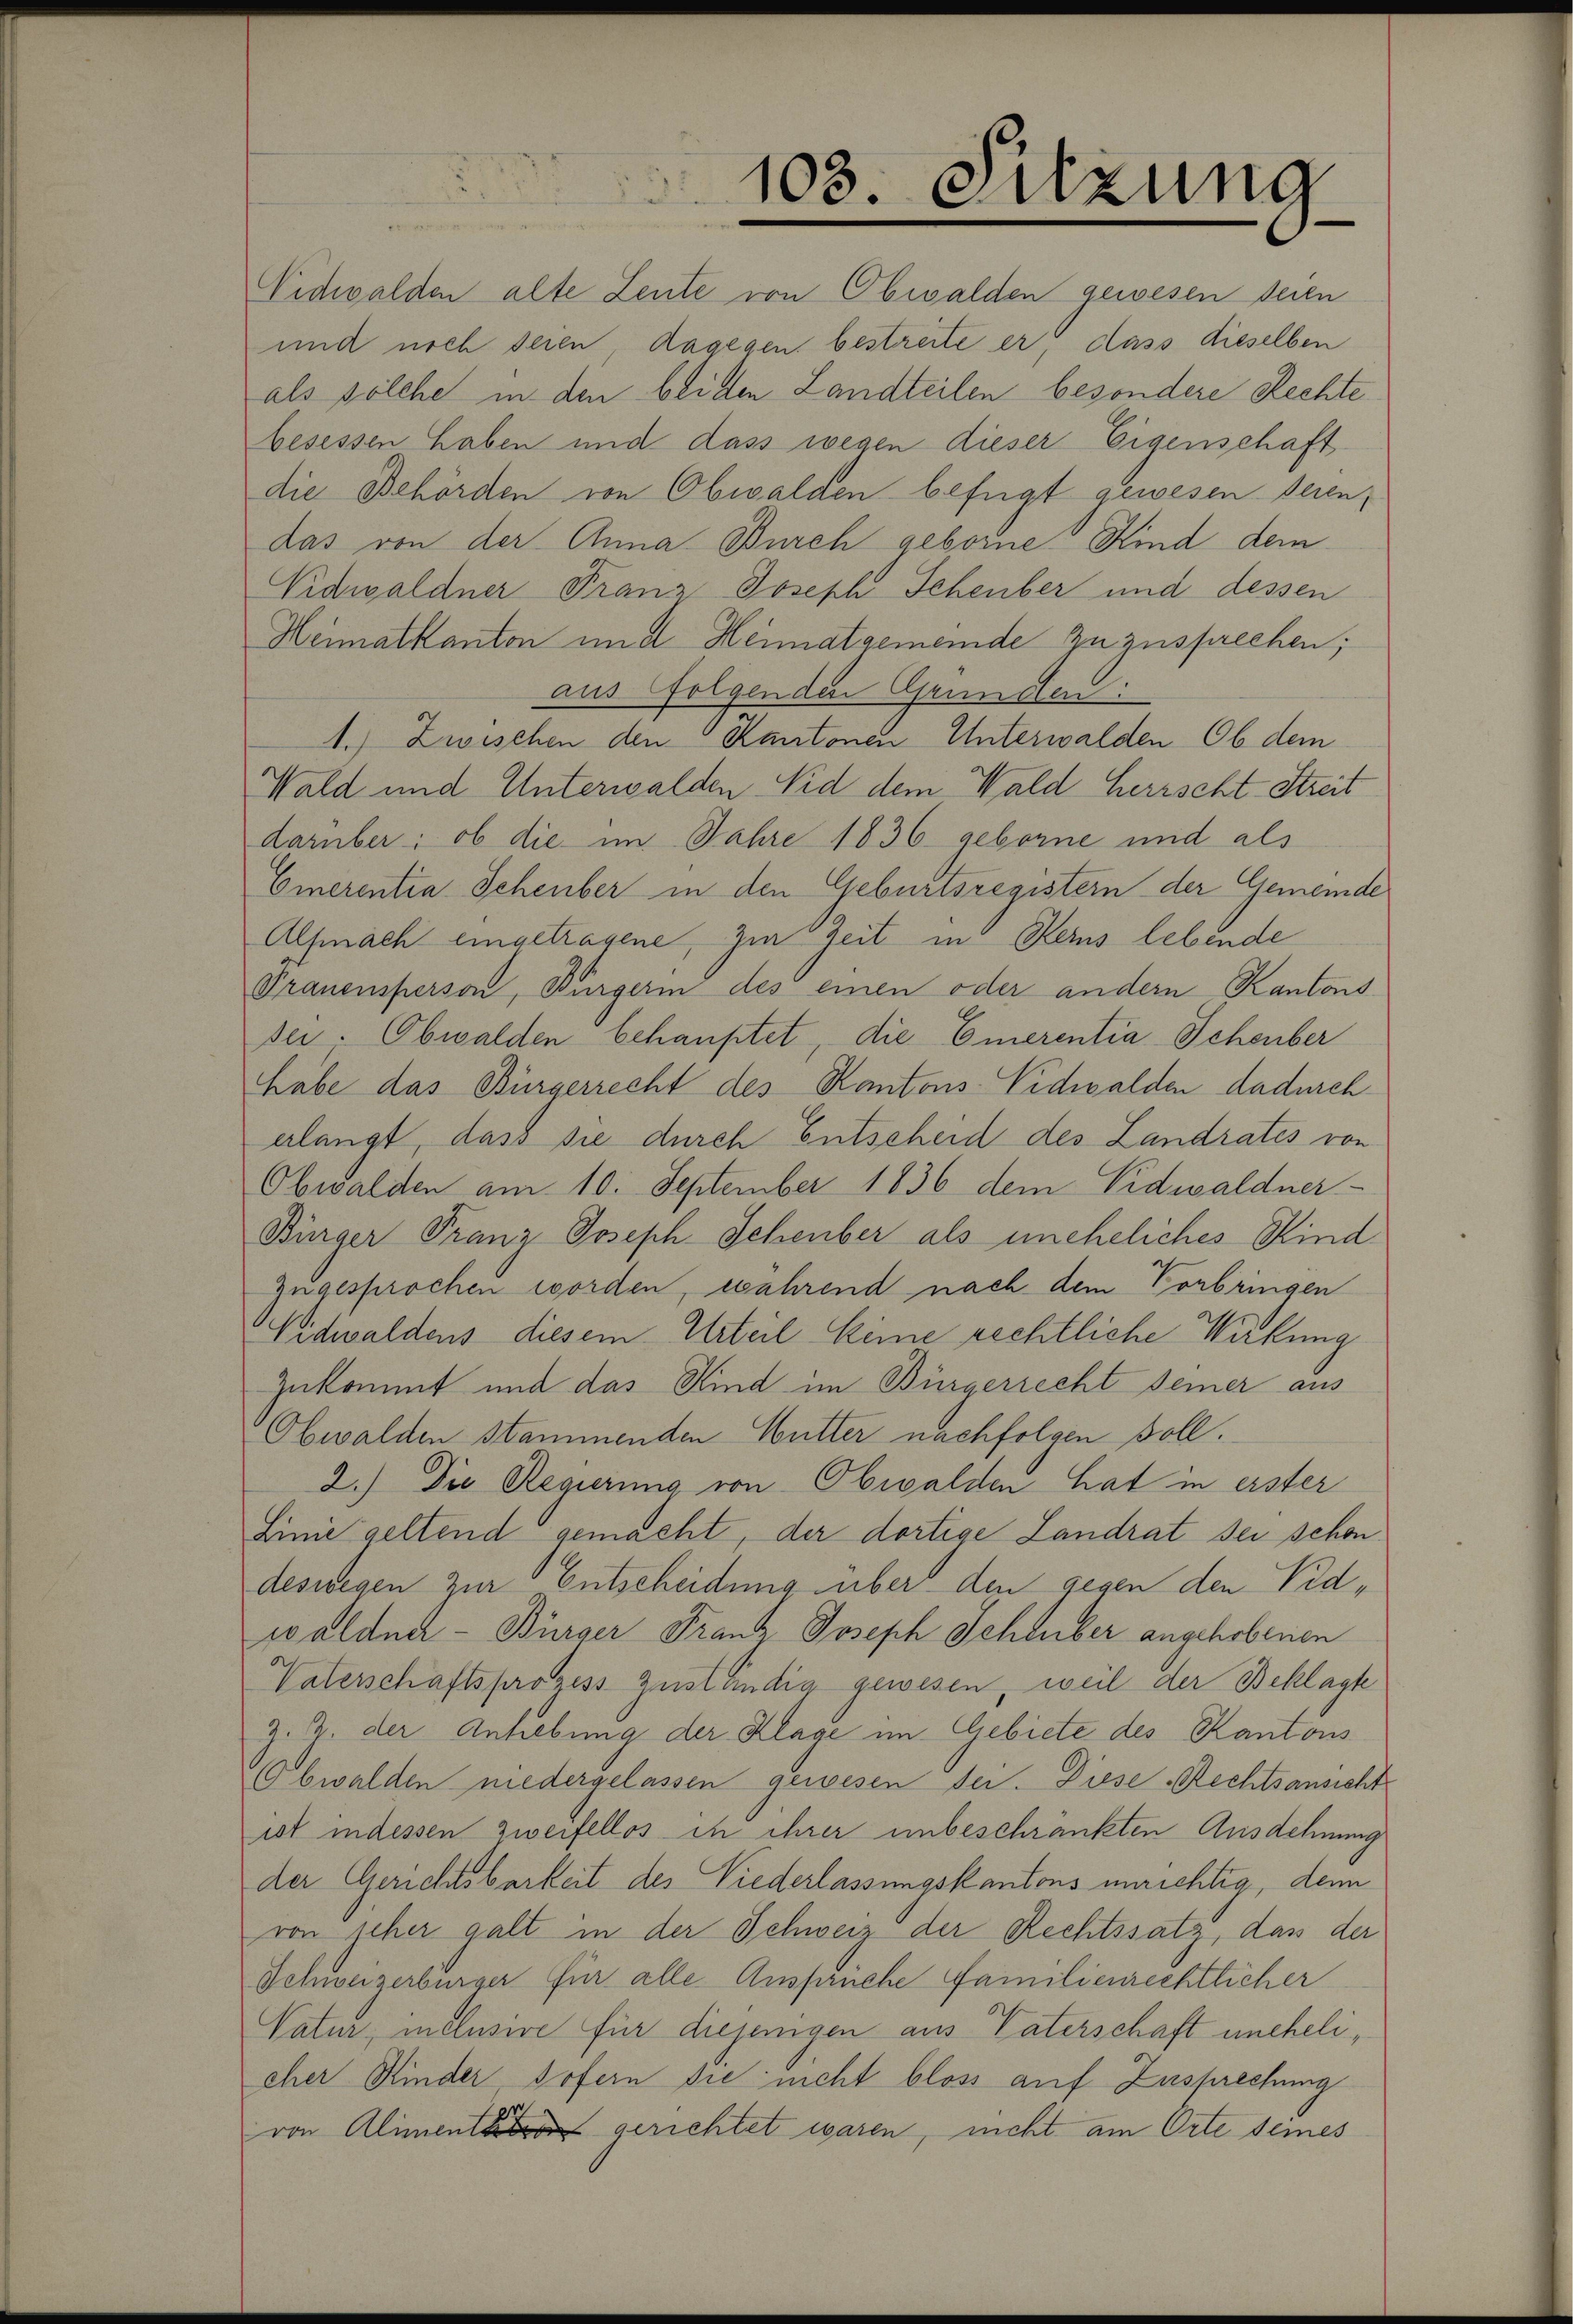
Nidwalden alte Leute von Obwalden gewesen seien
und noch deren, dagegen bestreite er, dass dieselben
als solche in den beiden Landteilen besondere Rechte
besessen haben und dass wegen dieser Eigenschaft
die Behörden von Obwalden befügt gewesen seien,
das von der Anna Burch geborne Kind dem
Nidwaldner Franz Joseph Scheuber und dessen
Heimatkanton und Heimatgemeinde zuzusprechen;
aus folgenden Grunden.
1.) Zwischen den Kantonen Unterwalden Ob dem
Wald und Unterwalden Nid dem Wald herrscht Streit
darüber: ob die im Jahre 1836 geborne und als
Emerentia Schenber in den Geburtsregistern der Gemeinde
Alsmach eingetragene, zur Zeit in Kerns lebende
Trauensperson, Bürgerin des einen oder andern Kantons
ser. Obwalden behauptet, die Emerentia Schenber
habe das Bürgerrecht des Kantons Vidwalden dadurch
erlangt, dass sie durch Entscheid des Landrates von
Obwalden am 10. September 1836 dem Pidwaldner
Bürger Franz Joseph Schenber als uneheliches Kind
zugesprochen worden, während nach dem Vorbringen
Widwaldens diesem Urteil keine rechtliche Wirkung
zukommt und das Kind im Bürgerrecht seiner aus
Obwalden Stammenden Mutter nachfolgen soll.
2.) Die Regierung von Obwalden hat in erster
Linie geltend gemacht, der dortige Landrat sei schon
deswegen zur Entscheidung über den gegen den Vidwaldner - Bürger Franz Joseph Schlüber angehobenen
Vaterschaftsprozess zuständig gewesen, weil der Beklagte
z. Z. der Anhebung der Klage im Gebiete des Kantons
Obwalden niedergelassen gewesen sei. Diese Rechtsansicht
ist indessen zweifellos in ihrer unbeschränkten Ausdehnung
der Gerichtsbarkeit des Niederlassungskantons unrichtig, den
von jeher galt in der Schweiz der Rechtssatz, das der
Schweizerbürger für alle Ansprüche Familienrechtlicher
Vatur, inclusive für diejenigen aus Vaterschaft unehelieher Kinder sofern die nicht bloss auf Zusprechung
von Aliment gerichtet waren, nicht am Orte seines

103. Sitzung